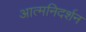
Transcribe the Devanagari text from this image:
आत्मनिदर्शन